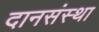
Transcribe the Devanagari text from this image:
दानसंस्था